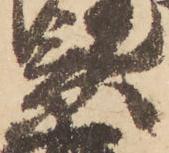
景